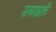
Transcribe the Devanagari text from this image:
रगडले